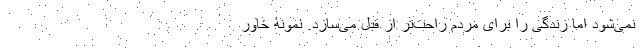
نمی‌شود اما زندگی را برای مردم راحت‌تر از قبل می‌سازد. نمونۀ خاور